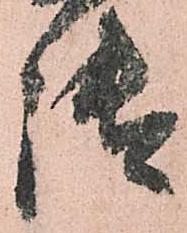
御